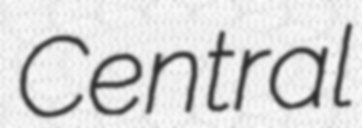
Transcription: Central